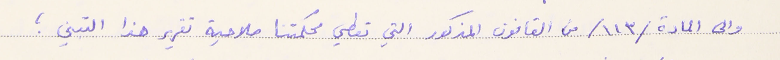
والى المادة /١١٣/ من القانون المذكور التي تعطي محكمتنا صلاحية تقرير هذا التبني؛